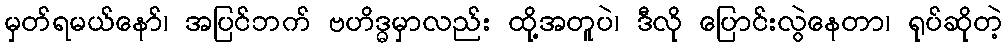
မှတ်ရမယ်နော်၊ အပြင်ဘက် ဗဟိဒ္ဓမှာလည်း ထို့အတူပဲ၊ ဒီလို ပြောင်းလွဲနေတာ၊ ရုပ်ဆိုတဲ့